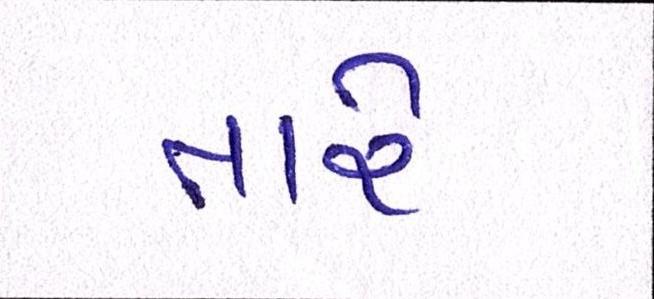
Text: તારે